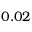
0 . 0 2